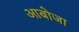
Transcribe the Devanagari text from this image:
आबोजा